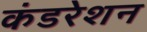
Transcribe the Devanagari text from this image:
कंडरेशन